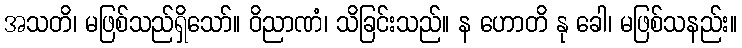
အသတိ၊ မဖြစ်သည်ရှိသော်။ ဝိညာဏံ၊ သိခြင်းသည်။ န ဟောတိ နု ခေါ၊ မဖြစ်သနည်း။